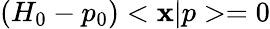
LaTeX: \left(H_{0}-p_{0}\right)<\mathbf{x}|p>=0